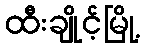
ထီးချိုင့်မြို့